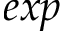
e x p